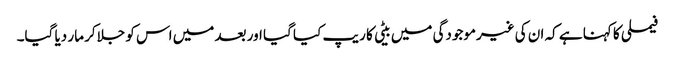
فیملی کا کہنا ہے کہ ان کی غیرموجودگی میں بیٹی کا ریپ کیا گیا اور بعد میں اس کو جلاکر مار دیا گیا۔